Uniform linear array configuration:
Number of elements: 16
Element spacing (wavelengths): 0.75
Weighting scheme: blackman
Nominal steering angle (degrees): -60
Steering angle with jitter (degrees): -61.867
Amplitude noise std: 0.05
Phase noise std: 0.05

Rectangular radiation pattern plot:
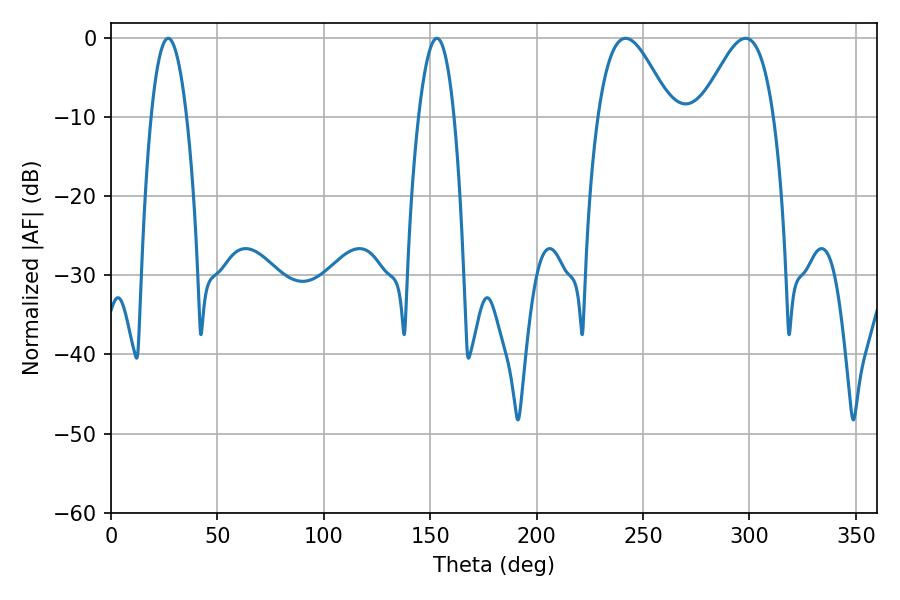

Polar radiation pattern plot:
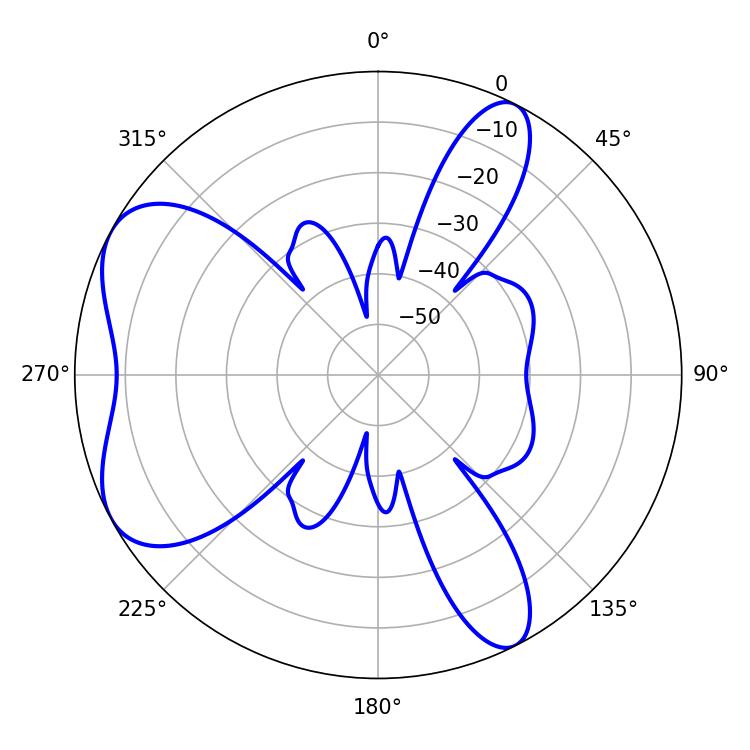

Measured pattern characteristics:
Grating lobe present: TRUE
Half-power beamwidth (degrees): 18.54
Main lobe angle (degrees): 241.74